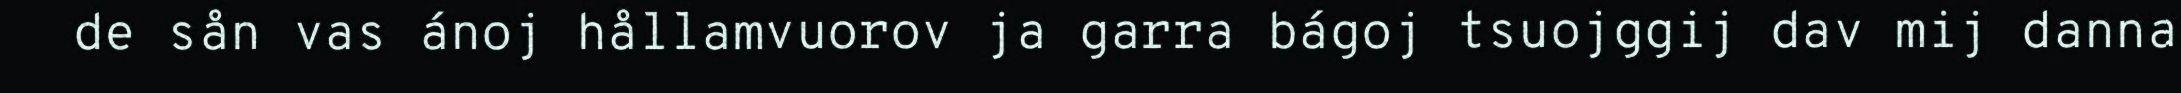
de sån vas ánoj hållamvuorov ja garra bágoj tsuojggij dav mij danna